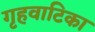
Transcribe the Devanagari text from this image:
गृहवाटिका